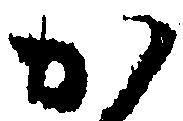
か